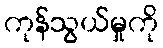
ကုန်သွယ်မှုကို